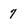
Character: 7